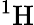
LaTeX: \mathrm{^{1}H}